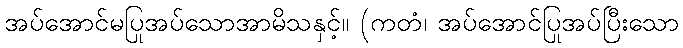
အပ်အောင်မပြုအပ်သောအာမိသနှင့်။ (ကတံ၊ အပ်အောင်ပြုအပ်ပြီးသော